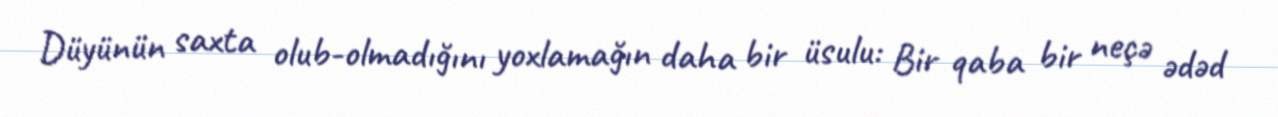
Düyünün saxta olub-olmadığını yoxlamağın daha bir üsulu: Bir qaba bir neçə ədəd